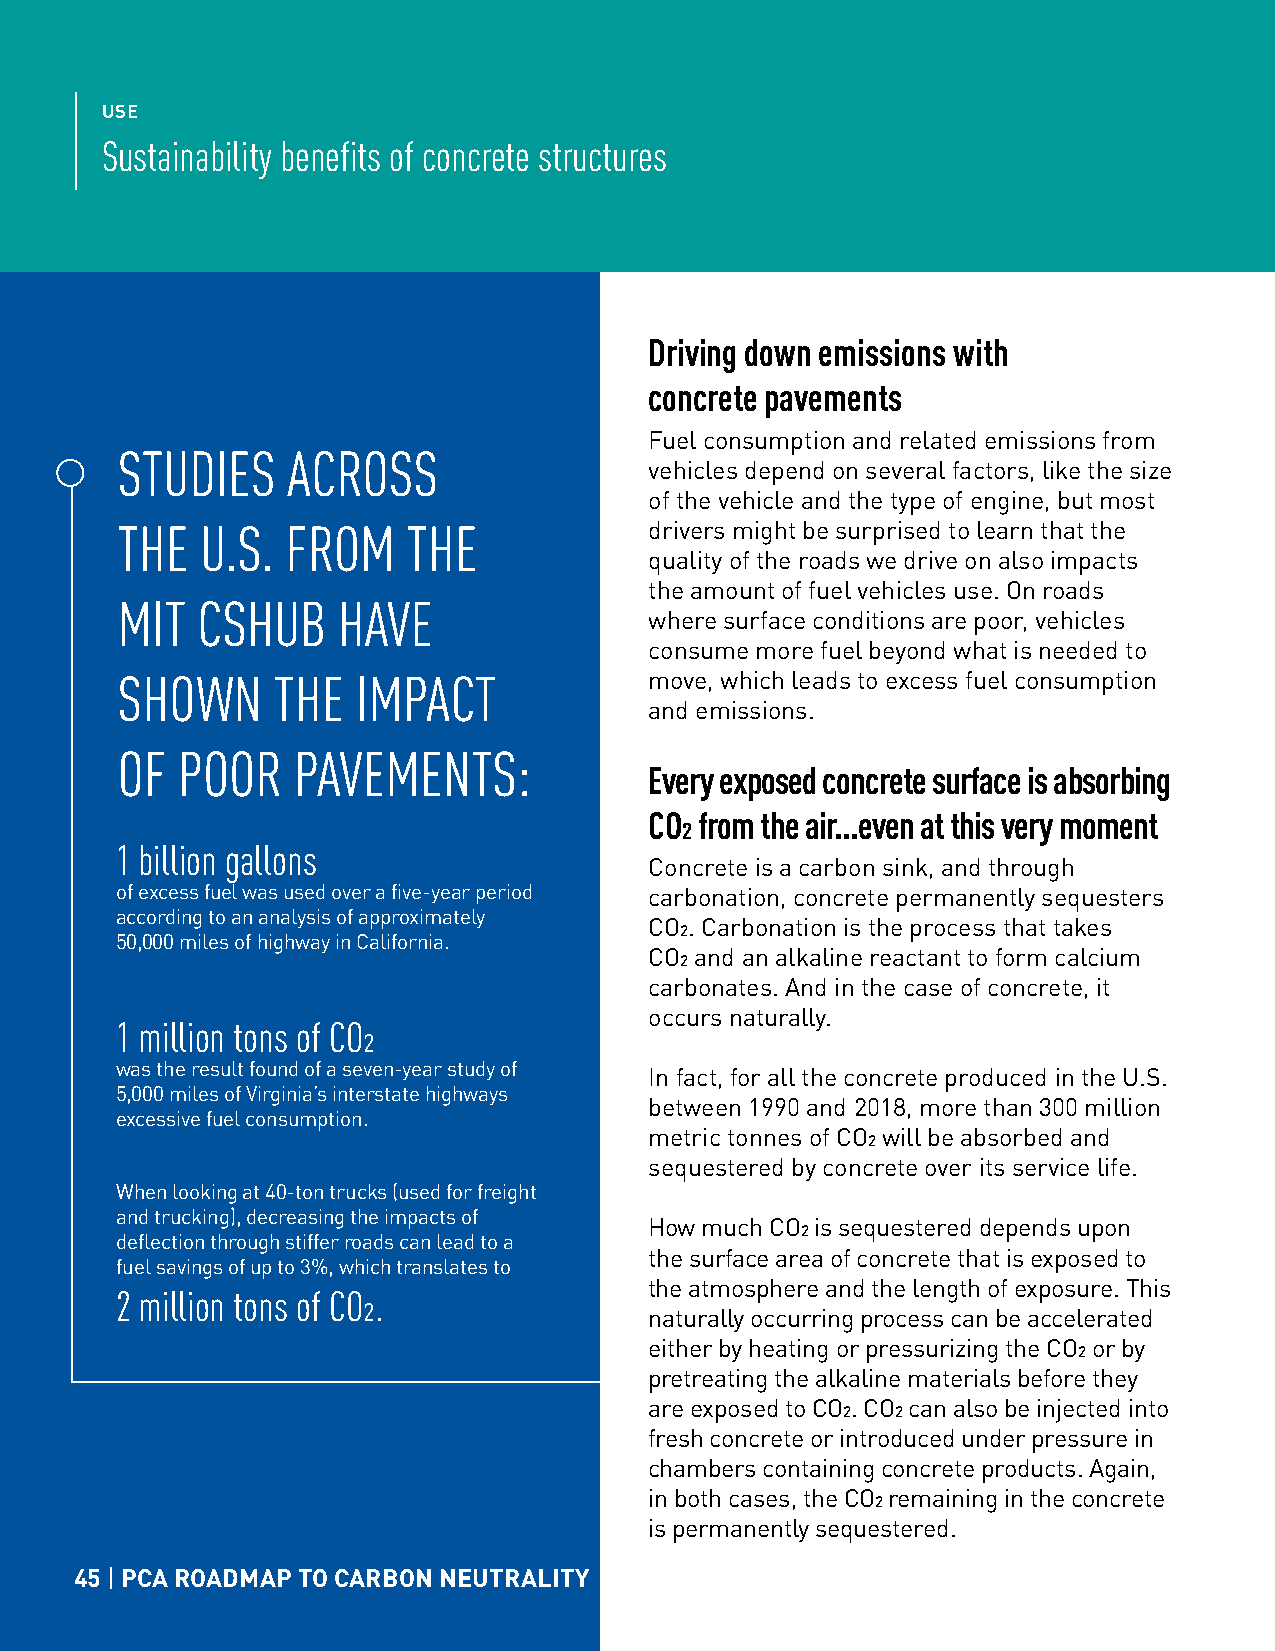
USE
 Sustainability benefits of concrete structures
 Driving down emissions with
 concrete pavements
 Fuel consumption and related emissions from
 STUDIES    ACROSS
 vehicles depend on several factors, like the size
 of the vehicle and the type of engine, but most
 THE  U.S.  FROM    THE             drivers might be surprised to learn that the
 quality of the roads we drive on also impacts
 the amount of fuel vehicles use. On roads
 MIT  CSHUB    HAVE
 where surface conditions are poor, vehicles
 consume more fuel beyond what is needed to
 SHOWN     THE   IMPACT             move, which leads to excess fuel consumption
 and emissions.
 OF  POOR   PAVEMENTS:
 Every exposed concrete surface is absorbing
 CO2 from the air...even at this very moment
 1 billion gallons
 Concrete is a carbon sink, and through
 of excess fuel was used over a five-year period carbonation, concrete permanently sequesters
 according to an analysis of approximately
 CO2. Carbonation is the process that takes
 50,000 miles of highway in California.
 CO2 and an alkaline reactant to form calcium
 carbonates. And in the case of concrete, it
 occurs naturally.
 1 million tons of CO2
 was the result found of a seven-year study of
 In fact, for all the concrete produced in the U.S.
 5,000 miles of Virginia’s interstate highways
 between 1990 and 2018, more than 300 million
 excessive fuel consumption.
 metric tonnes of CO2 will be absorbed and
 sequestered by concrete over its service life.
 When looking at 40-ton trucks (used for freight
 and trucking), decreasing the impacts of
 How much CO2 is sequestered depends upon
 deflection through stiffer roads can lead to a
 the surface area of concrete that is exposed to
 fuel savings of up to 3%, which translates to
 the atmosphere and the length of exposure. This
 2 million tons of CO2.
 naturally occurring process can be accelerated
 either by heating or pressurizing the CO2 or by
 pretreating the alkaline materials before they
 are exposed to CO2. CO2 can also be injected into
 fresh concrete or introduced under pressure in
 chambers containing concrete products. Again,
 in both cases, the CO2 remaining in the concrete
 is permanently sequestered.
 45 | PCA ROADMAP TO CARBON NEUTRALITY